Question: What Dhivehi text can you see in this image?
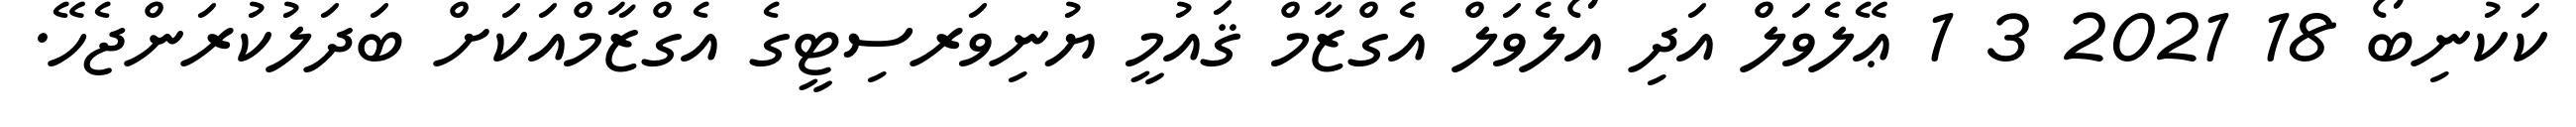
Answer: ކަކުނިބޯ 18 2021 3 1 ޢޭލެވަލް އަދި އޯލެވަލް އެގްޒާމް ޤައުމީ ޔުނިވަރސިޓީގެ އެގްޒާމްއަކަށް ބަދަލުކުރަންޖެހޭ.